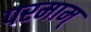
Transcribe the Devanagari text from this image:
परमाम्